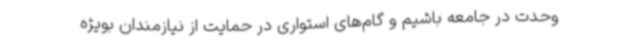
وحدت در جامعه باشیم و گام‌های استواری در حمایت از نیازمندان بویژه